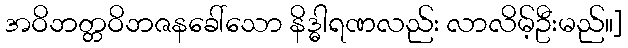
အဝိဘတ္တဝိဘဇနခေါ်သော နိဒ္ဓါရဏလည်း လာလိမ့်ဦးမည်။]